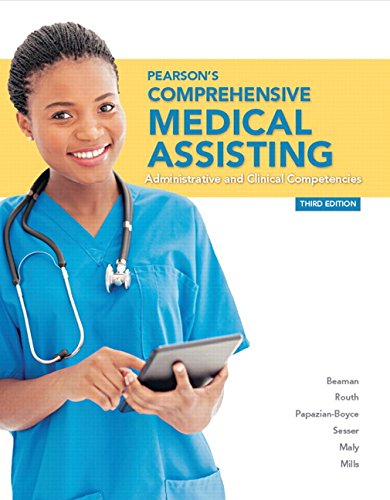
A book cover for Pearson's Comprehensive Medical Assisting (3rd Edition); Nina M. Beaman MS  RNC  CMA; Medical Books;